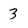
Character: 3